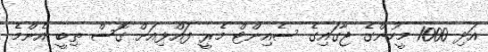
އަދި 1000 މީހުންގެ ޖާގައިގެ ސެއިންޓް މެރީ ފައްޅިއަށް ގޮސް ތިބީ އެންމެ